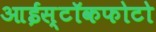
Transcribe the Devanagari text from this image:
आईस्टॉकफोटो